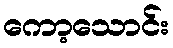
ကော့သောင်း